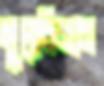
মুদ্রাবিজ্ঞান